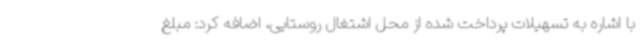
با اشاره به تسهیلات پرداخت شده از محل اشتغال روستایی، اضافه کرد: مبلغ